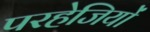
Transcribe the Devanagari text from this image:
परहेजियों